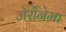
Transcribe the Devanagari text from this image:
जेर्रोनेमा